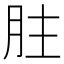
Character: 𦙴